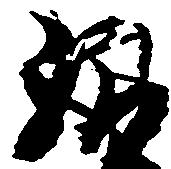
給